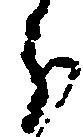
分